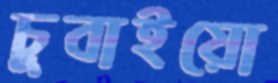
চুবাইয়ো